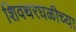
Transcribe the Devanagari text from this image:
शिवथरघळीच्या